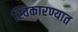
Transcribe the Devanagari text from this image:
स्विकारण्यात